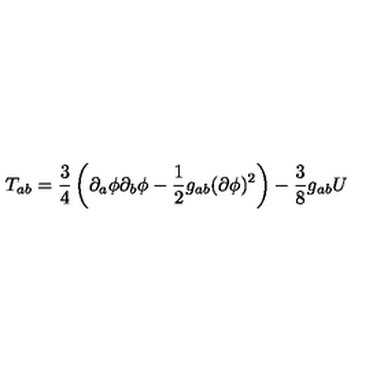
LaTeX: T _ { a b } = \frac { 3 } { 4 } \left( \partial _ { a } \phi \partial _ { b } \phi - \frac { 1 } { 2 } g _ { a b } ( \partial \phi ) ^ { 2 } \right) - \frac { 3 } { 8 } g _ { a b } U